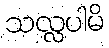
သလ္လပါမိ